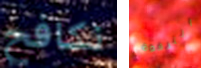
نكافح الترقوة